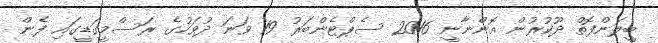
ބީލަންފޮތް ދޫކުރުން އޮންނާނީ 2016 ސެޕްޓެންބަރު 19 ވަނަ ދުވަހުގެ ރަސްމީގަޑީގައި ފެން